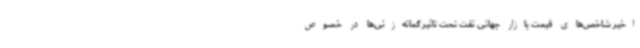
اخیر شاخص‌های قیمت بازار جهانی نفت تحت تاثیر گمانه‌زنی‌ها در خصوص